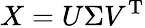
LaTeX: X=U\Sigma V^{\mathrm{{T}}}